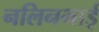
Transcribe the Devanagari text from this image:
नलिनभाई